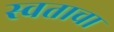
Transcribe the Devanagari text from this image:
स्वताचा